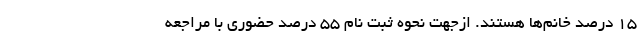
١٥ درصد خانم‌ها هستند. ازجهت نحوه ثبت نام ٥٥ درصد حضوری با مراجعه